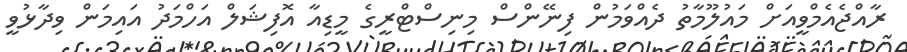
ރާއްޖެއެމްވީއަށް މައުލޫމާތު ދެއްވަމުން ފިނޭންސް މިނިސްޓްރީގެ މީޑިއާ އޮފިޝަލް އަހްމަދު އައިމަން ވިދާޅުވީ